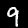
Label: 9